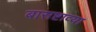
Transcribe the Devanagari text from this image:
बासष्टाव्या